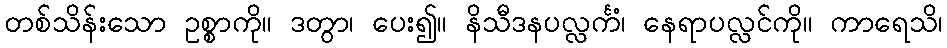
တစ်သိန်းသော ဥစ္စာကို။ ဒတွာ၊ ပေး၍။ နိသီဒနပလ္လင်္ကံ၊ နေရာပလ္လင်ကို။ ကာရေသိ၊